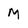
Character: M